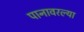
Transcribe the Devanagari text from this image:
पानावरल्या